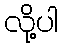
လို့ပါ